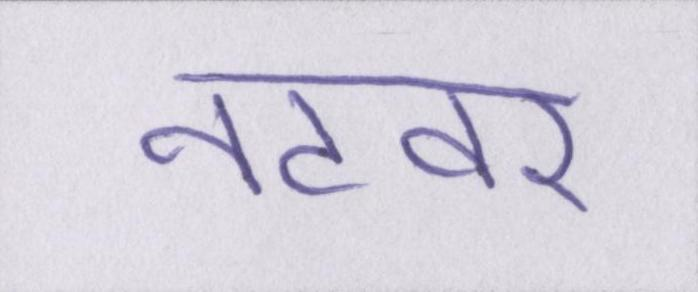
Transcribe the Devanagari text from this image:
नटवर